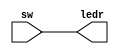
// 18 switches on the board, wire it to the 18 red leds
// it turns on based on the switch position
module ledsw
(
    input  wire [17:0] sw,
    output reg  [17:0] ledr
);
	generate
		genvar i;
		for (i = 0; i <= 17; i=i+1)
		begin: loop
			always @* begin
				ledr[i] <= sw[i];
			end
		end
	endgenerate
	 
endmodule